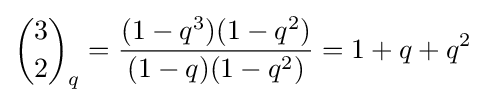
{3 \choose 2}_{q}={\frac {(1-q^{3})(1-q^{2})}{(1-q)(1-q^{2})}}=1+q+q^{2}